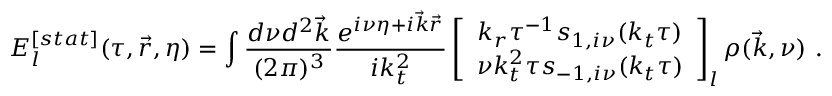
E _ { l } ^ { [ s t a t ] } ( \tau , { \vec { r } } , \eta ) = \int { \frac { d \nu d ^ { 2 } { \vec { k } } } { ( 2 \pi ) ^ { 3 } } } { \frac { e ^ { i \nu \eta + i { \vec { k } } { \vec { r } } } } { i k _ { t } ^ { 2 } } } \left[ \begin{array} { c } { { k _ { r } \tau ^ { - 1 } s _ { 1 , i \nu } ( k _ { t } \tau ) } } \\ { { \nu k _ { t } ^ { 2 } \tau s _ { - 1 , i \nu } ( k _ { t } \tau ) } } \end{array} \right] _ { l } \rho ( { \vec { k } } , \nu ) ~ .